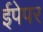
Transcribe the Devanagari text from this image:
ईपेपर